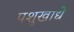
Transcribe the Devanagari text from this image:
पशुखाद्ये